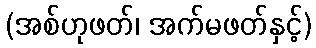
(အစ်ဟုဖတ်၊ အက်မဖတ်နှင့်)